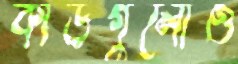
কার্ডগুলোও